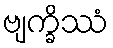
ဗျက္ခိဿံ